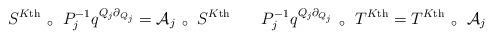
LaTeX: \begin{align*} & S^{K\textnormal{th}} \left.\right. _\circ \left.\right. P_j^{-1}q^{Q_j \partial_{Q_j}} = \mathcal{A}_j \left.\right. _\circ \left.\right. S^{K\textnormal{th}} && P_j^{-1}q^{Q_j \partial_{Q_j}} \left.\right. _\circ \left.\right. T^{K\textnormal{th}} = T^{K\textnormal{th}} \left.\right. _\circ \left.\right. \mathcal{A}_j \end{align*}